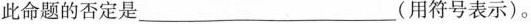
此命题的否定是___(用符号表示)。